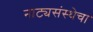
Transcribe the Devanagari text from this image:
नाट्यसंस्थेचा